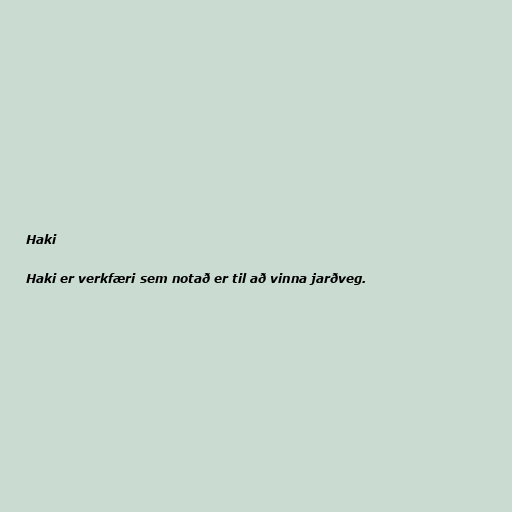
Haki

Haki er verkfæri sem notað er til að vinna jarðveg.